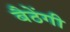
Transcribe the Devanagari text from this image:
बैठेंगी